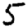
Digit: 5